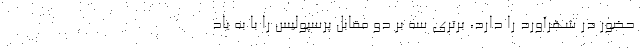
حضور در شهرآورد را دارد، برتری سه بر دو مقابل پرسپولیس را با به یاد